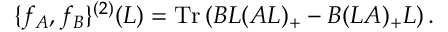
\{ f _ { A } , f _ { B } \} ^ { ( 2 ) } ( L ) = \mathrm { T r } \left( B L ( A L ) _ { + } - B ( L A ) _ { + } L \right) .